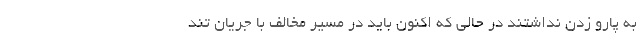
به پارو زدن نداشتند در حالی كه اكنون باید در مسیر مخالف با جریان تند